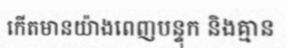
កើតមានយ៉ាងពេញបន្ទុក និងគ្មាន